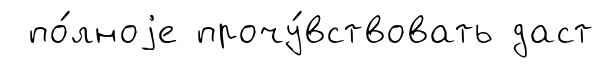
по́лноjе прочу́вствовать даст